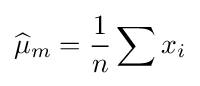
{\widehat {\mu }}_{m}={\frac {1}{n}}\sum {x_{i}}